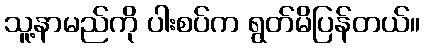
သူ့နာမည်ကို ပါးစပ်က ရွတ်မိပြန်တယ်။